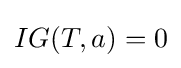
IG(T,a)=0